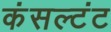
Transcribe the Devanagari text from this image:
कंसल्टंट